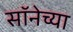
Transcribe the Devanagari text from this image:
सॉनेच्या